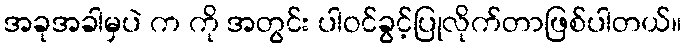
အခုအခါမှပဲ က ကို အတွင်း ပါဝင်ခွင့်ပြုလိုက်တာဖြစ်ပါတယ်။